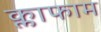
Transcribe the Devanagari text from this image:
क्लाफाम